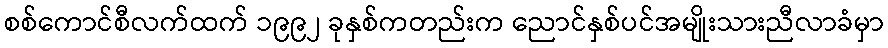
စစ်ကောင်စီလက်ထက် ၁၉၉၂ ခုနှစ်ကတည်းက ညောင်နှစ်ပင်အမျိုးသားညီလာခံမှာ